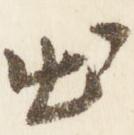
出